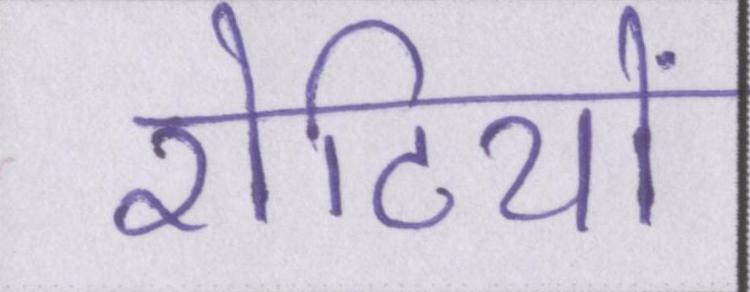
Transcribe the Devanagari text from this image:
रोटियों